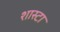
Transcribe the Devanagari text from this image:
शास्टा